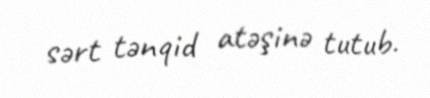
sərt tənqid atəşinə tutub.